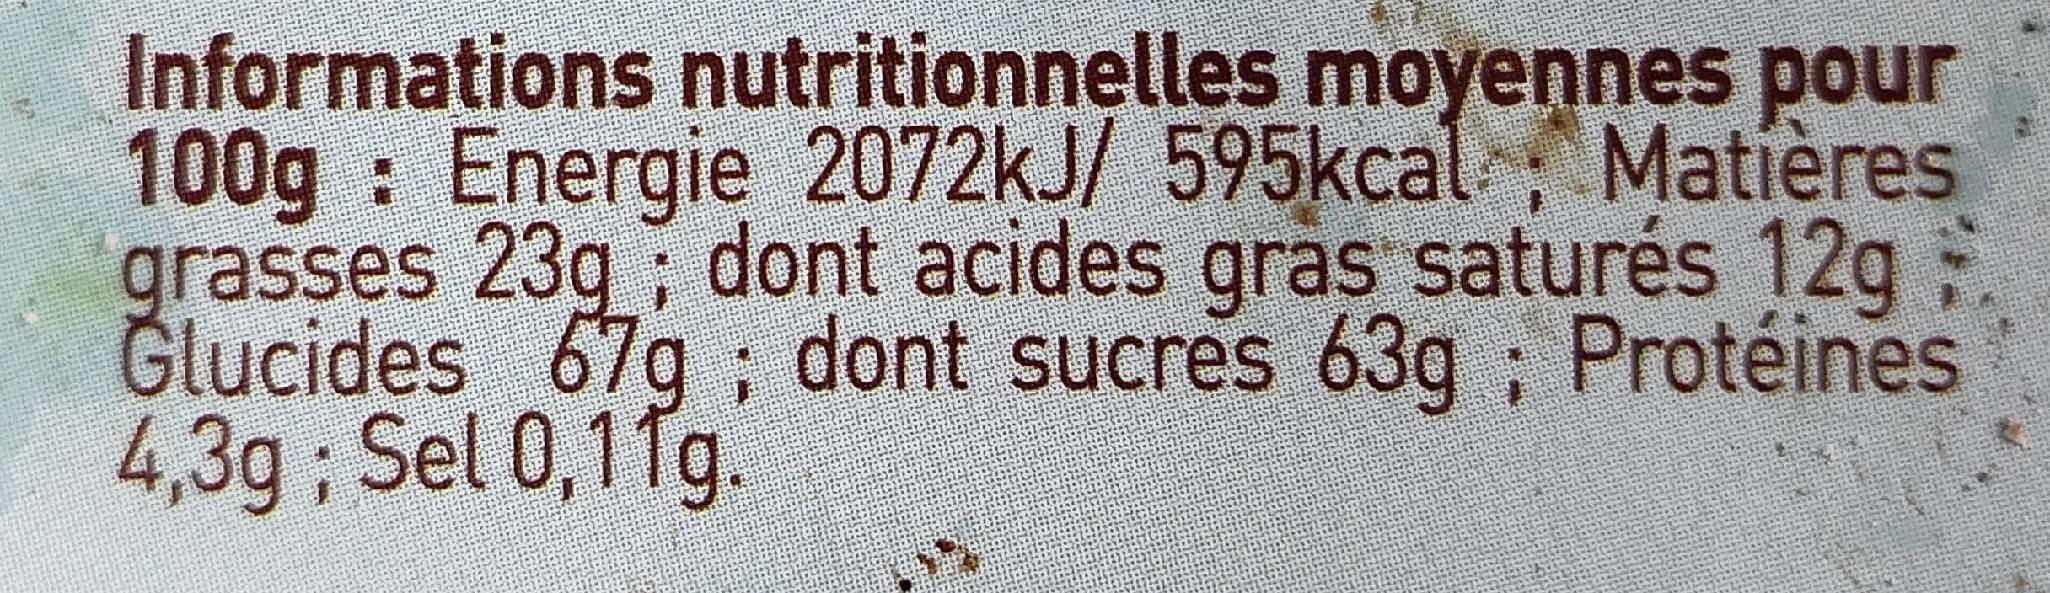
Informations nutritionnelles moyennes pour 100g Energie 2072kJ/ 595kcal Matières grasses 23q ; dont acides qras saturés 12g Glucides 67g; dont sucres 63g ; Protéines 4,3g; Sel 0,1 fg.